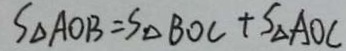
S _ { \Delta A O B } = S _ { \Delta B O C } + S _ { \Delta } A O C